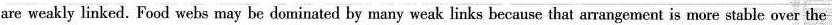
are weakly linked. Food webs may be dominated by many weak links because that arrangement is more stable over the